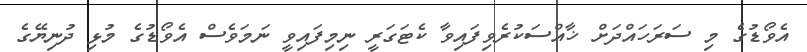
އެވޯޑުގެ މި ސަރަހައްދަށް ޚާއްސަކުރެވިފައިވާ ކެޓަގަރީ ނިމިފައިވީ ނަމަވެސް އެވޯޑުގެ މުޅި ދުނިޔޭގެ